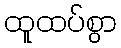
ထူထပ်စွာ